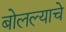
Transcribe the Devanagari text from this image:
बोलल्याचे